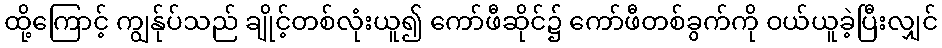
ထို့ကြောင့် ကျွန်ုပ်သည် ချိုင့်တစ်လုံးယူ၍ ကော်ဖီဆိုင်၌ ကော်ဖီတစ်ခွက်ကို ဝယ်ယူခဲ့ပြီးလျှင်